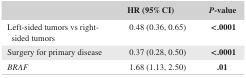
|  | HR (95% CI) | P‐value |
 | --- | --- | --- |
 | Left‐sided tumors vs right‐sided tumors | 0.48 (0.36, 0.65) | <.0001 |
 | Surgery for primary disease | 0.37 (0.28, 0.50) | <.0001 |
 | BRAF | 1.68 (1.13, 2.50) | .01 |